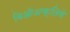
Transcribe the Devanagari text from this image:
बिओअक्तिवे